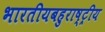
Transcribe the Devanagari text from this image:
भारतीयबहुराष्ट्रीय